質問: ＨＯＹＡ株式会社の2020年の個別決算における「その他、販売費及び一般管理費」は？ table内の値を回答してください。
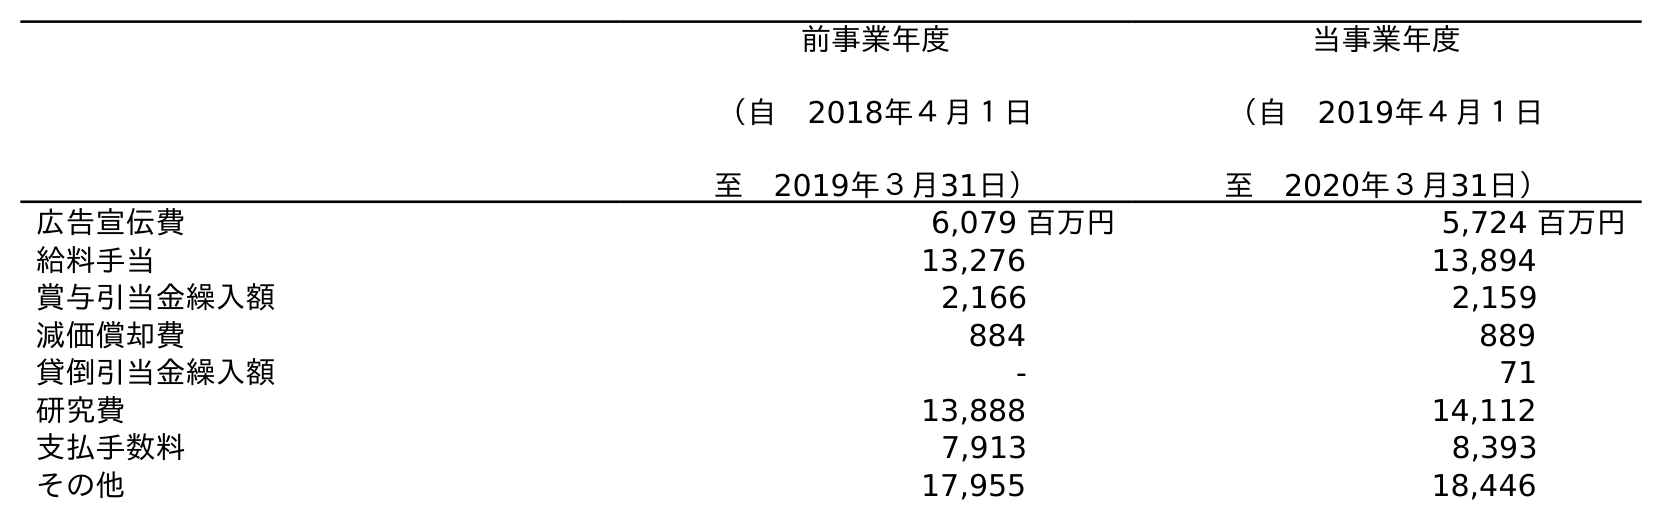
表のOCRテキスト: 前事業年度 （自 2018年４月１日 至 2019年３月31日） 当事業年度 （自 2019年４月１日 至 2020年３月31日） 広告宣伝費 6,079 百万円 5,724 百万円 給料手当 13,276 13,894 賞与引当金繰入額 2,166 2,159 減価償却費 884 889 貸倒引当金繰入額 - 71 研究費 13,888 14,112 支払手数料 7,913 8,393 その他 17,955 18,446
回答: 18,446